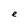
Character: e